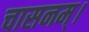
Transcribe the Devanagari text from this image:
चासनम्‌।